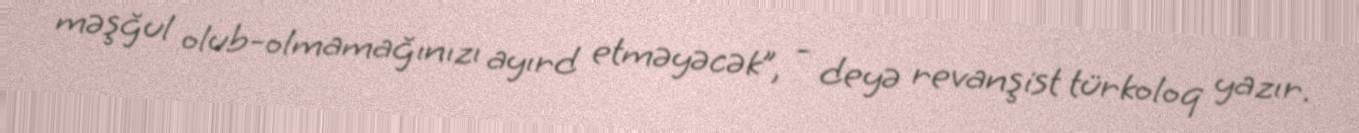
məşğul olub-olmamağınızı ayırd etməyəcək”, - deyə revanşist türkoloq yazır.